Civil Veterinary Dept. Bombay admin report 1932-41 - 1932-1941
Year: 1932
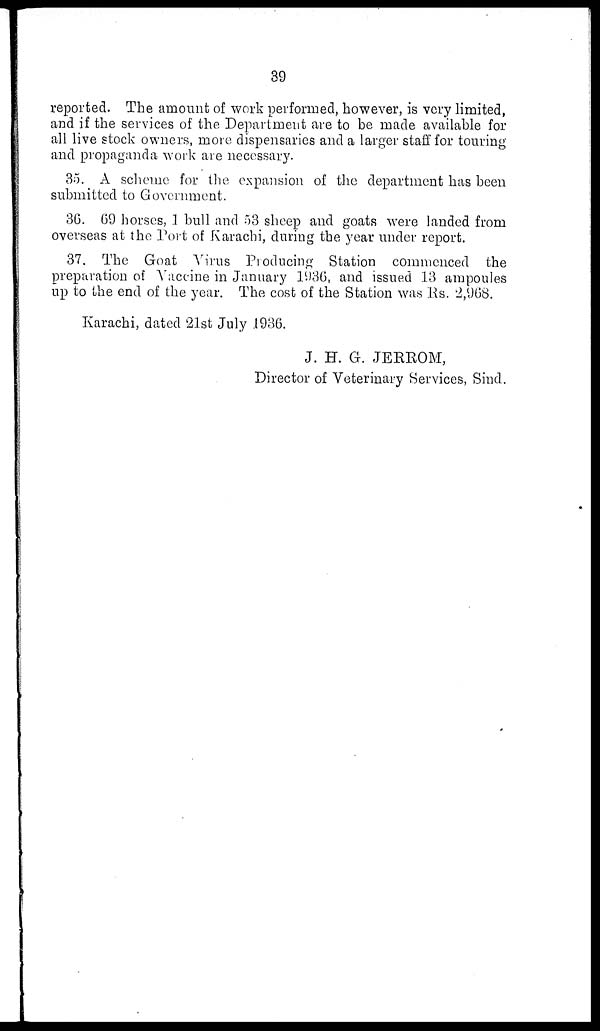
39
reported. The amount of work performed, however, is very limited,
and if the services of the Department are to be made available for
all live stock owners, more dispensaries and a larger staff for touring
and propaganda work are necessary.
35. A scheme for the expansion of the department has been
submitted to Government.
36. 69 horses, 1 bull and 53 sheep and goats were landed from
overseas at the Port of Karachi, during the year under report,
37. The Goat Virus Producing Station commenced the
preparation of Vaccine in January 1936, and issued 13 ampoules
up to the end of the year. The cost of the Station was Rs. 2,968.
Karachi, dated 21st July 1936.
J. H. G. JERROM,
Director of Veterinary Services, Sind.